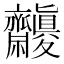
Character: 𪗓